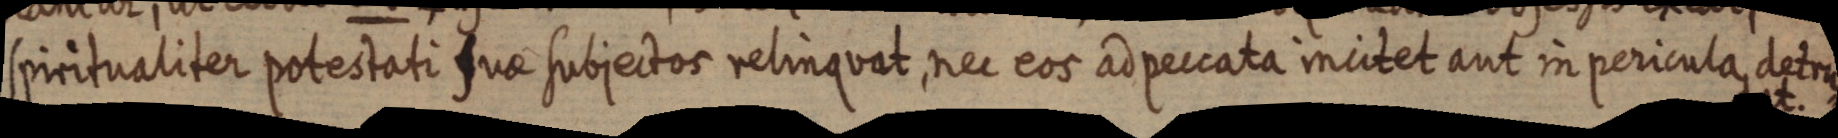
spiritualiter potestati suae subjectos relinquat, nec eos ad peccata incitet aut in pericula, detru